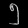
Digit: ၅